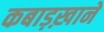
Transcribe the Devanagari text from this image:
कबाड़ख़ाने